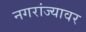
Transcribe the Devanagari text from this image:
नगरांज्यावर